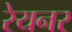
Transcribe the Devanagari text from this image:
रेयनर